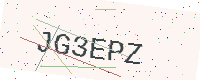
Text: JG3EPZ